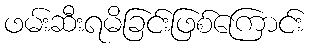
ဖမ်းဆီးရမိခြင်းဖြစ်ကြောင်း